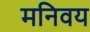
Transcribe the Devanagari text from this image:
मनिवय